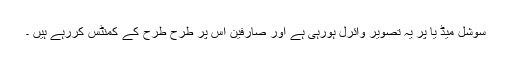
سوشل میڈ یا پر یہ تصویر وائرل ہورہی ہے اور صارفین اس پر طرح طرح کے کمنٹس کررہے ہیں ۔